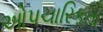
ઓપચારિકતા